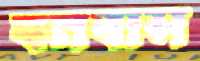
বনবাস